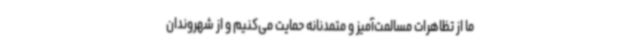
ما از تظاهرات مسالمت‌آمیز و متمدنانه حمایت می‌کنیم و از شهروندان